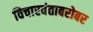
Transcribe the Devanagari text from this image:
विचारवंताबरोबर